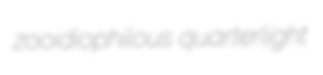
zooidiophilous quarterlight